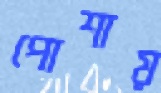
পোশায়